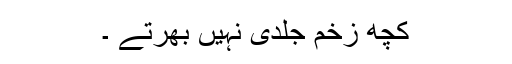
کچھ زخم جلدی نہیں بھرتے ۔